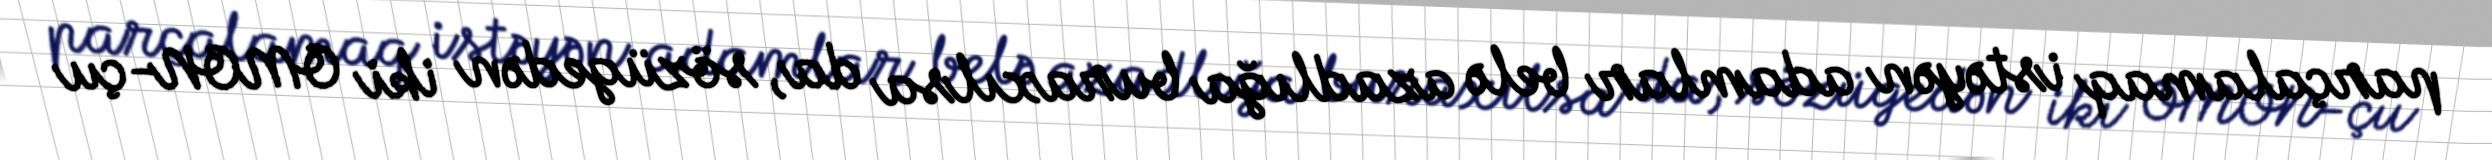
parçalamaq istəyən adamlar belə azadlığa buraxılsa da, sözügedən iki OMON-çu